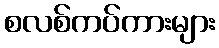
စလစ်ကပ်ကားများ